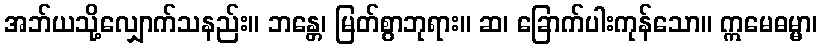
အဘ်ယသို့လျှောက်သနည်း။ ဘန္တေ၊ မြတ်စွာဘုရား။ ဆ၊ ခြောက်ပါးကုန်သော။ ဣမေဓမ္မာ၊